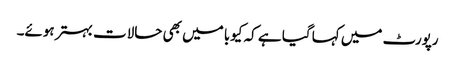
رپورٹ میں کہا گیا ہے کہ کیوبا میں بھی حالات بہتر ہوئے۔